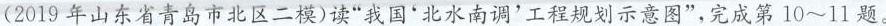
(2019年山东省青岛市北区二模)读”我国'北水南调'工程规划示意图”，完成第10~11题。